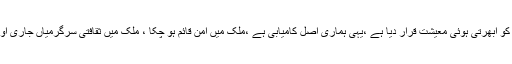
متعدد عالمی اداروں نے پاکستان کی معیشت کو ابھرتی ہوئی معیشت قرار دیا ہے ،یہی ہماری اصل کامیابی ہے ،ملک میں امن قائم ہو چکا ، ملک میں ثقافتی سرگرمیاں جاری اورفلم انڈسٹری بحالی کے سفر پر گامز ن ہے۔